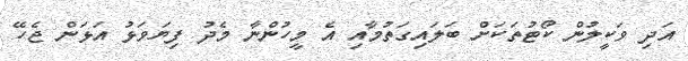
އަދި ވަކީލުން ކޯޓުތަކަށް ބަލައިގަތުމާއި އެ މީހުންނާ މެދު ފިޔަވަޅު އަޅަން ޖެހޭ